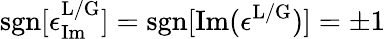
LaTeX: \mathrm{sgn}[\epsilon_{\mathrm{Im}}^{\mathrm{L/G}}]=\mathrm{sgn}[\mathrm{Im}(\epsilon^{\mathrm{L/G}})]=\pm 1